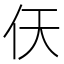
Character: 𫢋